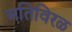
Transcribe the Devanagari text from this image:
अतिविरळ